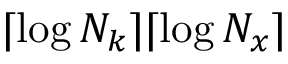
\lceil \log N _ { k } \rceil \lceil \log N _ { x } \rceil